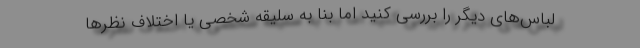
لباس‌های دیگر را بررسی کنید اما بنا به سلیقه شخصی یا اختلاف نظرها